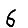
Digit: 6